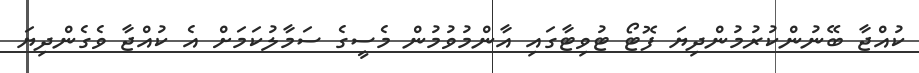
ކުއްޖާ ބޭނުންކުރުމުންދިޔަ ފޮޓޯ ޓުވިޓާގައި އާންމުވުމުން މެސީގެ ސަމާލުކަމަށް އެ ކުއްޖާ ވެގެންދިޔަ